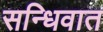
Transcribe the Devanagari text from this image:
सन्धिवात